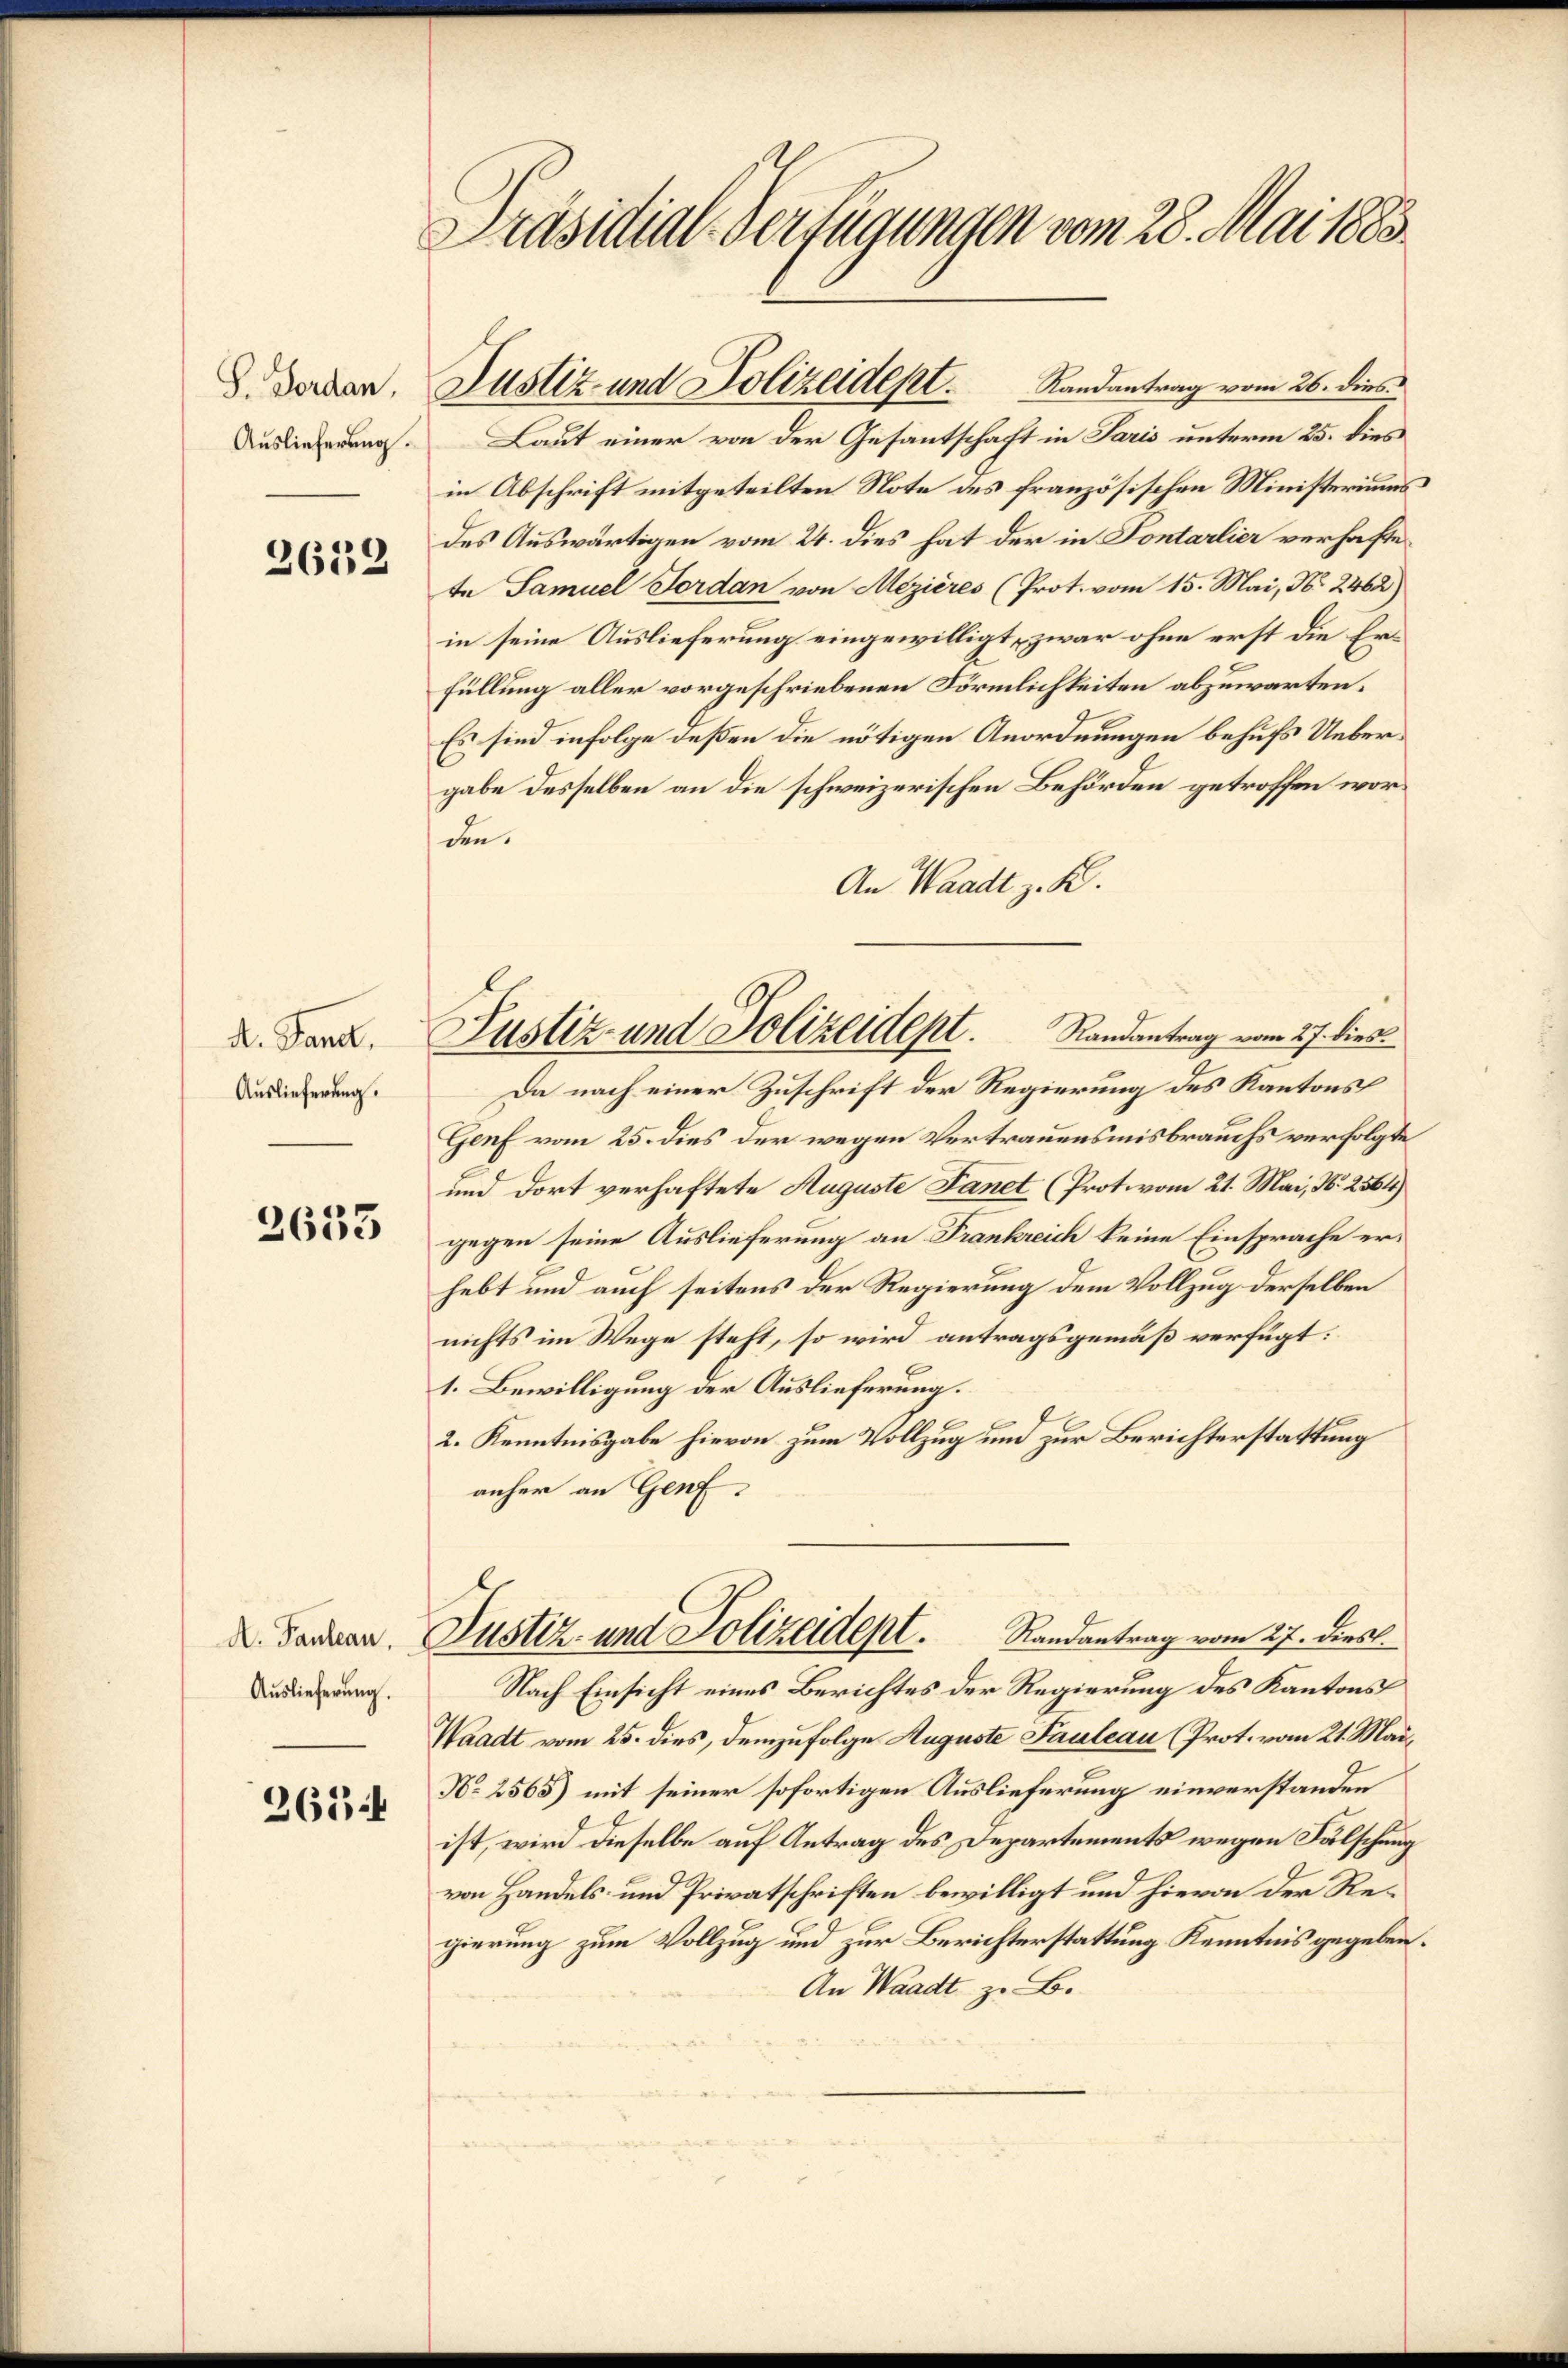
S. Forden,
Auslieferung.

2652

A. Landl.
Auslieferung.

2633

A. Pauleau,
Auslieferung.

26544

Präsidial-Verfügungen vom 28. Mai 1883.

Laut einer von der Gesantschaft in Paris unterm 25. dies
in Abschrift mitgeteilten Note des französischen Ministeriums
des Auswärtigen vom 24. dies hat der in Sontarlier verhaftete Samuel Jordan von Mezières (Prot. vom 15. Mai, N. 2462)
in seine Auslieferung eingewilligt, zwar ohne erst die Er¬
Füllung aller vorgeschriebenen Förmlichkeiten abzuwarten.
Es sind infolge deßen die nötigen Anordnungen behufs Uebergabe desselben an die schweizerischen Behörden getroffen worden.
An Waadt z. B.
Da nach einer Zuschrift der Regierung des Kantons
Genf vom 25. dies der wegen Vertrauensmisbrauchs verfolgte
und dort verhaftete Auguste Fanet (Prot. vom 21. Mai, N. 2564)
gegen seine Auslieferung an Frankreich keine Einsprache erhebt und auch seitens der Regierung dem Vollzug derselben
nichts im Wege steht, so wird antragsgemäß verfügt:
1. Bewilligung der Auslieferung.
2. Kenntnisgabe hievon zum Vollzug und zur Berichterstattung
anher an Genf
Justiz- und Polizeidept. Randantrag vom 27. Diess.
Nach Einsicht eines Berichtes der Regierung des Kantons
Waadt vom 25. dies, demzufolge Auguste Fauleau (Prot. vom 21. Mai,
No 2565) mit seiner sofortigen Auslieferung einverstanden
ist, wird dieselbe auf Antrag des Departements wegen Fälschung
von Handels- und Privatschriften bewilligt und hievon der Regierung zum Vollzug und zur Berichterstattung Kenntnis gegeben.
An Waadt z. B.

Justiz- und Polizeidept.             Randantrag vom 26. dies

Justiz- und Polizeidept. Randantrag vom 27. dies